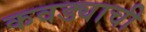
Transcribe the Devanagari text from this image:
कवड्याची